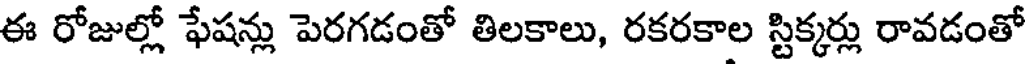
ఈ రోజుల్లో ఫేషన్లు పెరగడంతో తిలకాలు, రకరకాల స్టిక్కర్లు రావడంతో